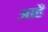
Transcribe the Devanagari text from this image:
आहै